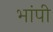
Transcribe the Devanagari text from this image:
भांपी